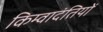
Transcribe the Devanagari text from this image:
किम्वादंतियों